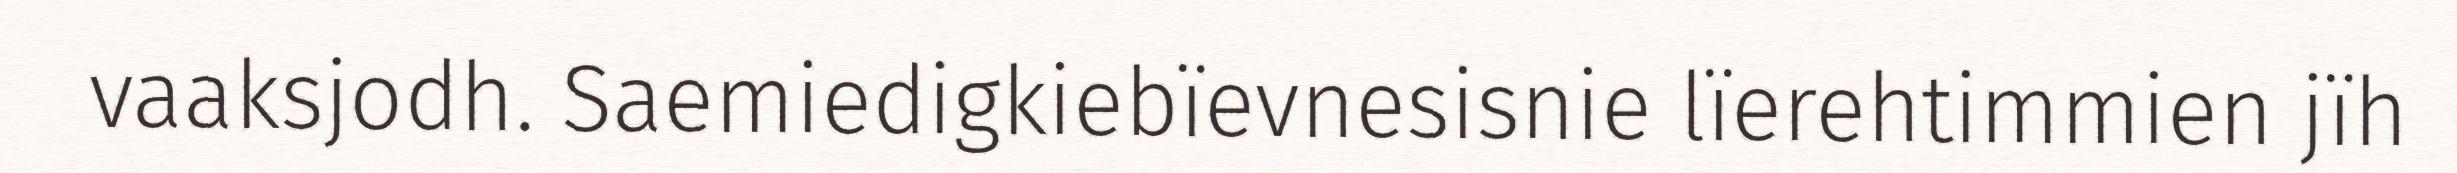
vaaksjodh. Saemiedigkiebïevnesisnie lïerehtimmien jïh